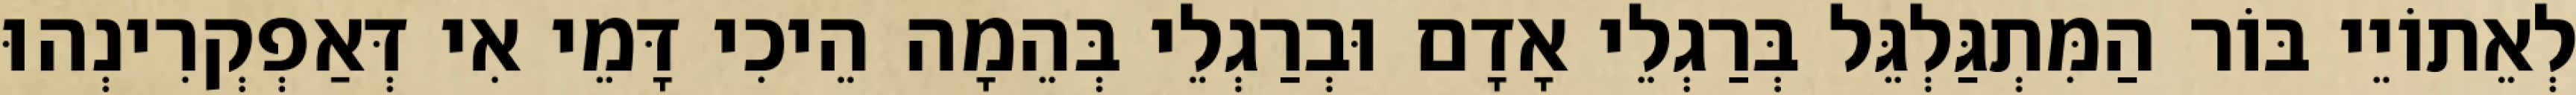
לְאֵתוֹיֵי בּוֹר הַמִּתְגַּלְגֵּל בְּרַגְלֵי אָדָם וּבְרַגְלֵי בְּהֵמָה הֵיכִי דָּמֵי אִי דְּאַפְקְרִינְהוּ